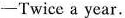
-Twice a year.